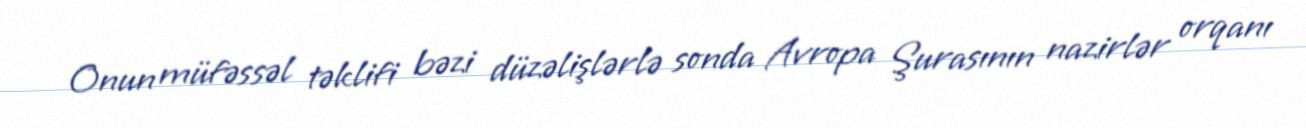
Onun müfəssəl təklifi bəzi düzəlişlərlə sonda Avropa Şurasının nazirlər orqanı